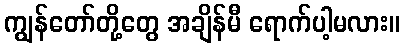
ကျွန်တော်တို့တွေ အချိန်မီ ရောက်ပါ့မလား။